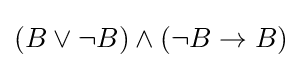
(B\lor \neg B)\land (\neg B\to B)